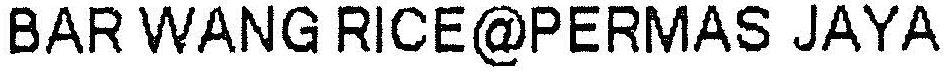
BAR WANG RICE@PERMAS JAYA